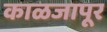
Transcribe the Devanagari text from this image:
काळजापूर